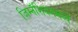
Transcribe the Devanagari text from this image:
जिम्नॅशियममध्ये